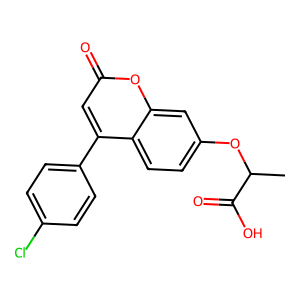
SMILES: CC(Oc1ccc2c(-c3ccc(Cl)cc3)cc(=O)oc2c1)C(=O)O
Inhibits HIV replication: No